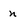
Character: n